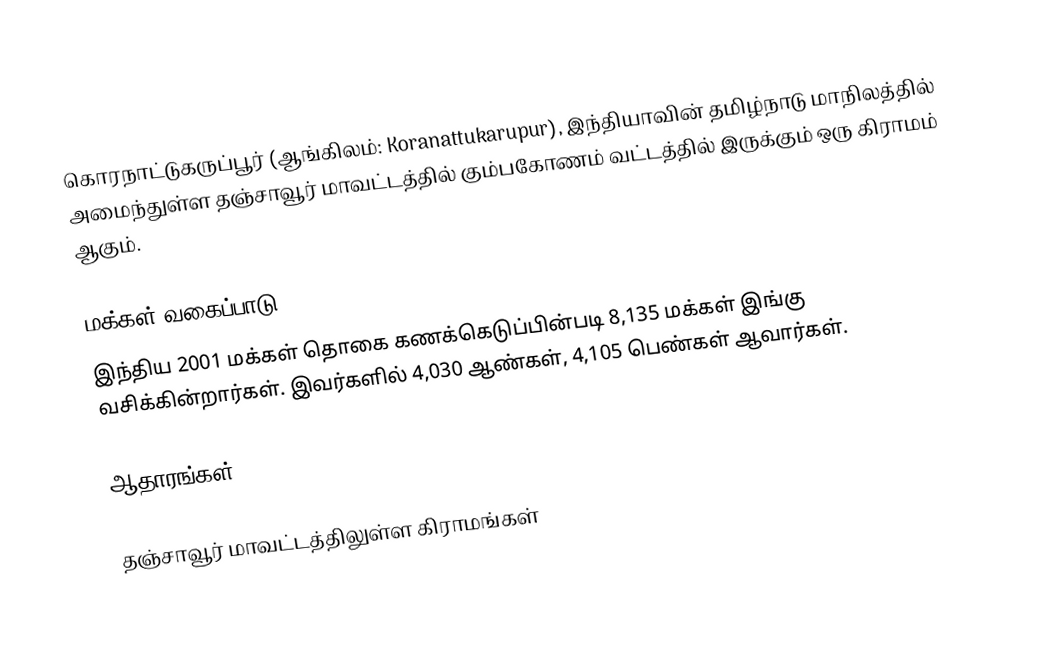
கொரநாட்டுகருப்பூர்  (ஆங்கிலம்: Koranattukarupur), இந்தியாவின் தமிழ்நாடு மாநிலத்தில் அமைந்துள்ள தஞ்சாவூர் மாவட்டத்தில்   கும்பகோணம் வட்டத்தில் இருக்கும்  ஒரு கிராமம் ஆகும்.

மக்கள் வகைப்பாடு
இந்திய 2001 மக்கள் தொகை கணக்கெடுப்பின்படி 8,135 மக்கள் இங்கு வசிக்கின்றார்கள்.  இவர்களில் 4,030 ஆண்கள், 4,105 பெண்கள் ஆவார்கள்.

ஆதாரங்கள்

தஞ்சாவூர் மாவட்டத்திலுள்ள கிராமங்கள்